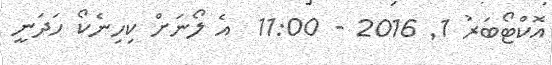
އޮކްޓޯބަރު 1